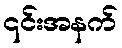
၎င်းအနက်